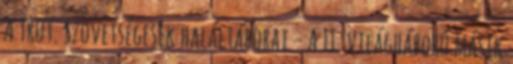
A Trut. Szövetségesek haláltáborai - A II. világháború másik